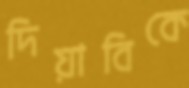
দিয়াবিকে